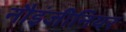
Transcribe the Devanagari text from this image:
नौइंजीनियर